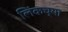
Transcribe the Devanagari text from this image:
लिंकच्या